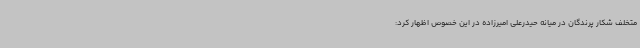
متخلف شکار پرندگان در میانه حیدرعلی امیرزاده در این خصوص اظهار کرد: